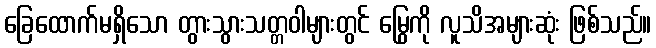
ခြေထောက်မရှိသော တွားသွားသတ္တဝါများတွင် မြွေကို လူသိအများဆုံး ဖြစ်သည်။